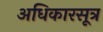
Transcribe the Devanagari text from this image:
अधिकारसूत्र